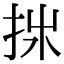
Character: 𢫂